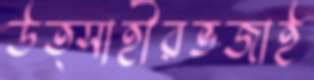
উত্সাহীরভজাই